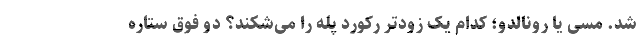
شد. مسی یا رونالدو؛ کدام یک زودتر رکورد پله را می‌شکند؟ دو فوق ستاره